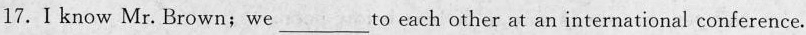
17.I know Mr. Brown;we___to each other at an international conference.